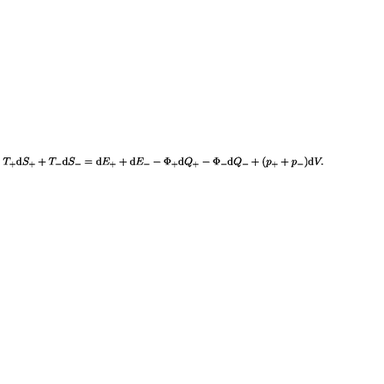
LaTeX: T _ { + } \mathrm { d } S _ { + } + T _ { - } \mathrm { d } S _ { - } = \mathrm { d } E _ { + } + \mathrm { d } E _ { - } - \Phi _ { + } \mathrm { d } Q _ { + } - \Phi _ { - } \mathrm { d } Q _ { - } + ( p _ { + } + p _ { - } ) \mathrm { d } V .